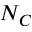
N _ { C }